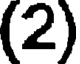
(2)